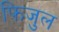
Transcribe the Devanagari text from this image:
फिजुल